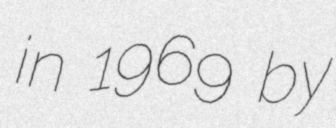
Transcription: in 1969 by